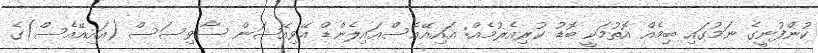
ކުންފުނީގެ ނަމުގައި ބިމެއް އޮތުމަކީ ބޮޑު ކުރިއެރުމެއް: އައިއޭއެސްއައިލެންޑް އޭވިއޭޝަން ސާވިސަސް (އައިއޭއެސް)ގެ